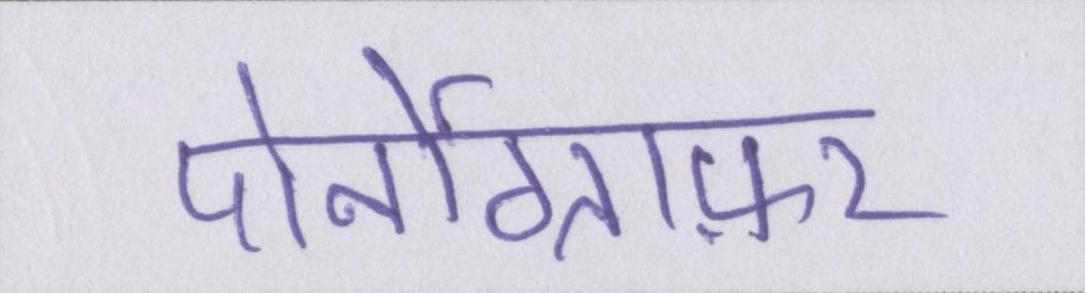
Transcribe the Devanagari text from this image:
पोर्नोग्राफ़र